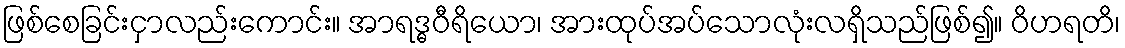
ဖြစ်စေခြင်းငှာလည်းကောင်း။ အာရဒ္ဓဝီရိယော၊ အားထုပ်အပ်သောလုံးလရှိသည်ဖြစ်၍။ ဝိဟရတိ၊